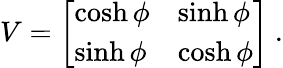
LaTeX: V=\left[\begin{array}{ll}{{\cosh\phi}}&{{\sinh\phi}}\\ {{\sinh\phi}}&{{\cosh\phi}}\end{array}\right]\ .